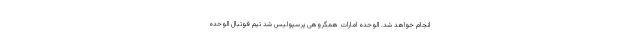
انجام خواهد شد. الوحده امارات همگروهی پرسپولیس شد تیم فوتبال الوحده